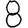
Digit: 8